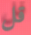
قل